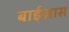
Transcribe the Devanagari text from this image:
बाईज़ास